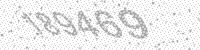
Solution: 189469